system: You are a helpful assistant.
user:
Analyze the provided spectrum to determine if it is a **Carbon Star (C-type)**.

- **Key Visual Indicators of Carbon Star:**
    - **(Primary):** Strong molecular absorption from **C₂ (diatomic carbon) "Swan Bands."** This is the **defining feature** of a carbon star.
        - **(Key Bandheads):** Sharp absorption edges are visible at approximately $5635$ Å, $5165$ Å (the strongest band), and $4737$ Å.
        - **(Line Profile):** Creates a distinct **"saw-tooth"** pattern. The key morphology is a sharp, steep bandhead on the **red (long-wavelength) side**, which then gradually tapers off (i.e., flux recovers) towards the **blue (short-wavelength) side**. *(This is the direct opposite of the TiO bands seen in M-type stars)*.

    - **(Secondary):** Intense **CN (cyanogen)** molecular absorption bands.
        - **(Key Bandheads):** Located in the blue and violet regions of the spectrum (e.g., near $4215$ Å and $3883$ Å).
        - **(Morphology):** These bands are extremely broad and act as a "blanket," absorbing the vast majority of blue and violet light. This creates a characteristic **"cliff"** or **"steep drop-off"** in the spectrum's flux at short wavelengths.

    - **(Key Confirmation):** Strong **CH absorption band (G-band)**.
        - **(Key Bandhead):** Located around $4300$ Å. The contribution from CH molecules to this band is exceptionally strong.

    - **(Overall Spectrum):**
        - The continuum is severely "chopped up" by these deep molecular bands, especially C₂, rather than appearing as a smooth curve.
        - Due to the heavy CN and C₂ absorption in the blue-green, the vast majority of the star's flux is concentrated in the red part of the spectrum, giving the star its characteristic deep red color.

Think first, call **spectral_visualization_tool** if needed to examine features in detail, then provide your final answer. Your response must adhere to the following strict rules:
1.  **Overall Structure:** Your response must follow the format `<think>...</think> <tool_call>...</tool_call> (if a tool is used) <answer>...</answer>`.
2.  **Tool Usage Constraint:** You may only make **one** tool call per turn.
3.  **Final Answer Format:** In the `<answer>` tag, your conclusion must be inside a `\boxed{}` command (e.g., `\boxed{YES}`), followed by your justification.

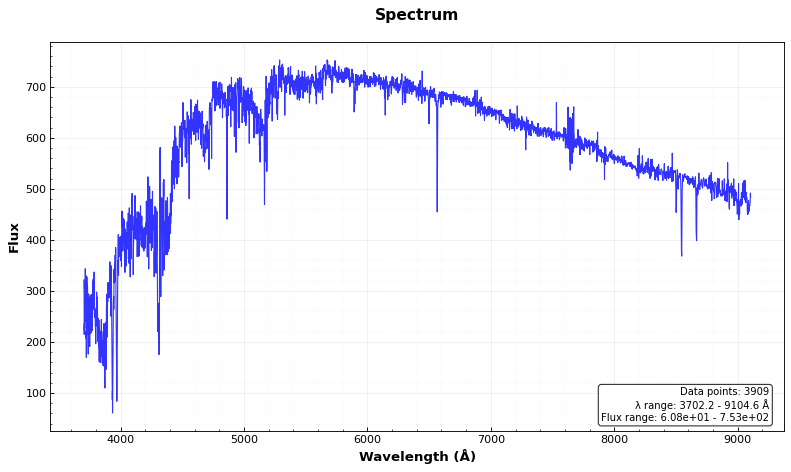
Answer: YES